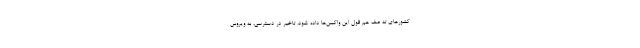
کشورهای ته صف هم قول این واکسن‌ها داده شود، تاخیر در دسترسی، به ویروس